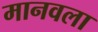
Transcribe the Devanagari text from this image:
मानवला